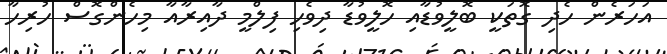
އަހަރެން ހެދި ގޮތަކީ ބޮލީވުޑާއި ހޮލީވުޑާ ދިވެހި ފިލްމީ ދާއިރާއާ މިހެންގޮސް ހުރިހާ